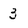
Character: 3